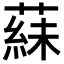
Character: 𬞍